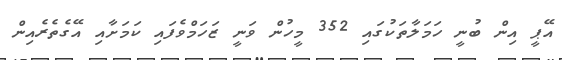
އޭޕީ އިން ބުނީ ހަމަލާތަކުގައި 352 މީހުން ވަނީ ޒަހަމްވެފައި ކަމަށާއި އޭގެތެރެއިން